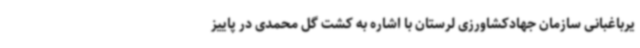
یرباغبانی سازمان جهادکشاورزی لرستان با اشاره به کشت گل محمدی در پاییز